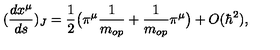
( \frac { d x ^ { \mu } } { d s } ) _ { J } = \frac { 1 } { 2 } \big ( \pi ^ { \mu } \frac { 1 } { m _ { o p } } + \frac { 1 } { m _ { o p } } \pi ^ { \mu } \big ) + O ( \hbar ^ { 2 } ) ,